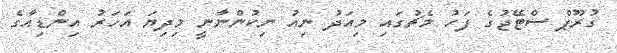
ގުރޫޕް ސްޓޭޖުގެ ފަހު މެޗުގައި މިއަދު ނިއު ނިކުންނާނީ މިދިޔަ އަހަރު އިންޑިއާގެ